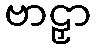
ဗာဠှာ